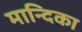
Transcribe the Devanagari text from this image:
मान्दिका